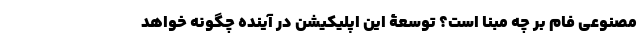
مصنوعی فام بر چه مبنا است؟ توسعۀ این اپلیکیشن در آینده چگونه خواهد